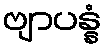
ဗျာပန္နံ